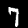
Digit: 7